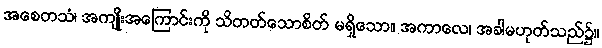
အစေတသံ၊ အကျိုးအကြောင်းကို သိတတ်သောစိတ် မရှိသော။ အကာလေ၊ အခါမဟုတ်သည်၌။